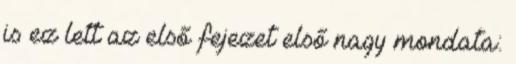
is ez lett az első fejezet első nagy mondata: